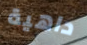
داهية